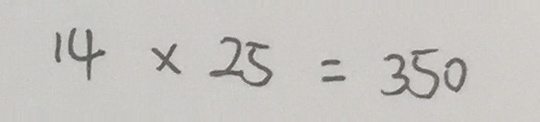
1 4 \times 2 5 = 3 5 0